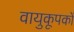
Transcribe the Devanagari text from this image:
वायुकूपकों